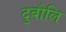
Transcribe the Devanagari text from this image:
दुबौलि